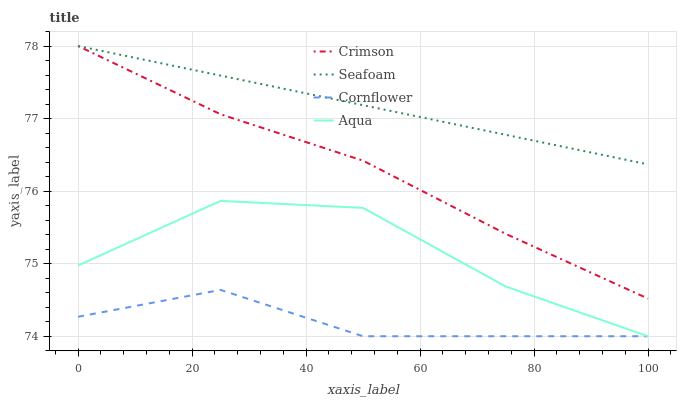
| xaxis_label | Crimson | Seafoam | Cornflower | Aqua |
 | --- | --- | --- | --- | --- |
 | 0 | 78 | 78 | 74.3 | 75 |
 | 25 | 77.1 | 77.6 | 74.6 | 75.9 |
 | 50 | 76.4 | 77.2 | 74 | 75.8 |
 | 75 | 75.4 | 76.8 | 74 | 74.7 |
 | 100 | 74.5 | 76.4 | 74 | 74 |